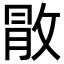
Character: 𢽵